Annual report of the Bengal Veterinary College and of the Civil Veterinary Department, Bengal, for the year 1920-21 - 1920-1921
Year: 1920
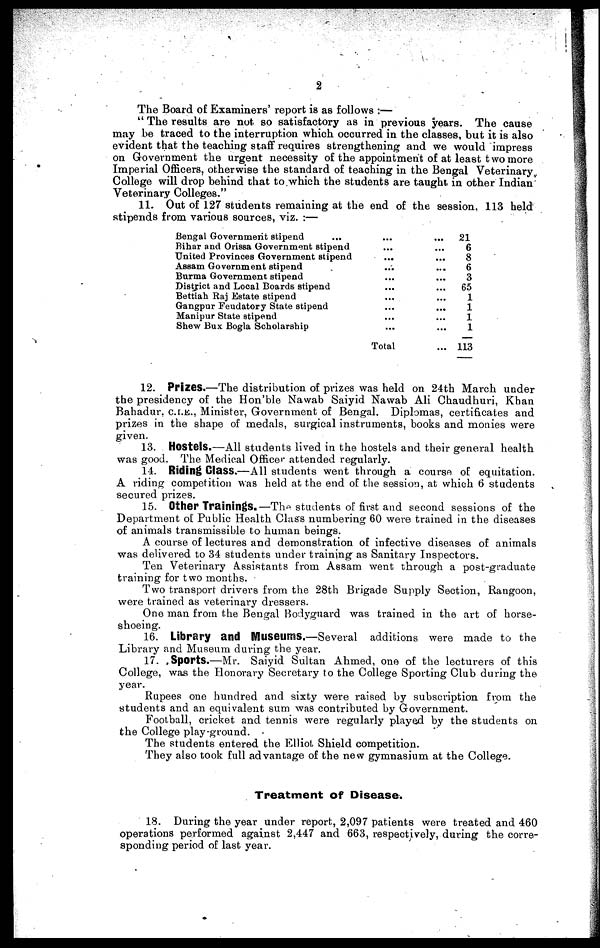
2
The Board of Examiners' report is as follows:—
"The results are not so satisfactory as in previous years. The cause
may be traced to the interruption which occurred in the classes, but it is also
evident that the teaching staff requires strengthening and we would impress
on Government the urgent necessity of the appointment of at least two more
Imperial Officers, otherwise the standard of teaching in the Bengal Veterinary
College will drop behind that to which the students are taught in other Indian
Veterinary Colleges."
11. Out of 127 students remaining at the end of the session. 113 held
stipends from various sources, viz.:—
Bengal Government stipend ...
Bihar and Orissa Government stipend
United Provinces Government stipend
Assam Government stipend
Burma Government stipend
District and Local Boards stipend
Bettiah Raj Estate stipend
Gangpur Feudatory State stipend
Manipur State stipend
Shew Bux Bogla Scholarship
...
...
...
...
...
...
...
...
...
...
Total
...
...
...
...
...
...
...
...
...
...
...
21
6
8
6
3
65
1
1
1
1
113
12. Prizes.—The distribution of prizes was held on 24th March under
the presidency of the Hon'ble Nawab Saiyid Nawab Ali Chaudhuri, Khan
Bahadur, C.I.E., Minister, Government of Bengal. Diplomas, certificates and
prizes in the shape of medals, surgical instruments, books and monies were
given.
13. Hostels.—All students lived in the hostels and their general health
was good. The Medical Officer attended regularly.
14. Riding Class.—All students went through a course of equitation.
A riding competition was held at the end of the session, at which 6 students
secured prizes.
15. Other Trainings.—The students of first and second sessions of the
Department of Public Health Class numbering 60 were trained in the diseases
of animals transmissible to human beings.
A course of lectures and demonstration of infective diseases of animals
was delivered to 34 students under training as Sanitary Inspectors.
Ten Veterinary Assistants from Assam went through a post-graduate
training for two months.
Two transport drivers from the 28th Brigade Supply Section, Rangoon,
were trained as veterinary dressers.
One man from the Bengal Bodyguard was trained in the art of horse-
shoeing.
16. Library and Museums.—Several additions were made to the
Library and Museum during the year.
17. Sports.—Mr. Saiyid Sultan Ahmed, one of the lecturers of this
College, was the Honorary Secretary to the College Sporting Club during the
year.
Rupees one hundred and sixty were raised by subscription from the
students and an equivalent sum was contributed by Government.
Football, cricket and tennis were regularly played by the students on
the College play-ground.
The students entered the Elliot Shield competition.
They also took full advantage of the new gymnasium at the College.
Treatment of Disease.
18. During the year under report, 2,097 patients were treated and 460
operations performed against 2,447 and 663, respectively, during the corre-
sponding period of last year.